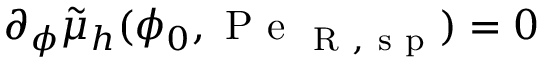
\partial _ { \phi } \tilde { \mu } _ { h } ( \phi _ { 0 } , \mathrm { ~ P ~ e ~ } _ { \mathrm { ~ R ~ , ~ s ~ p ~ } } ) = 0